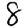
Digit: 8